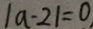
\vert a - 2 \vert = 0